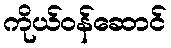
ကိုယ်ဝန်ဆောင်